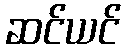
ဆင်ယင်